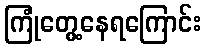
ကြုံတွေ့နေရကြောင်း